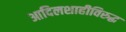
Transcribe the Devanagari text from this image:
आदिलशाहीविरुद्ध